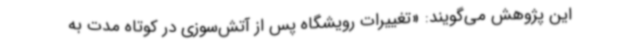
این پژوهش می‌گویند: «تغییرات رویشگاه پس از آتش‌سوزی در کوتاه مدت به